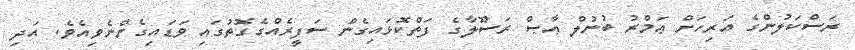
ރަސްކަލުންގެ އަރިހަށް ޢަމްރު ބުނުލް ޢާޞް ރަސޫލާގެ ފަތްކޮޅައިގެން ސަފީރެއްގެގޮތުގައި ވަޑައިގެންނެވިއެވެ. އަދި